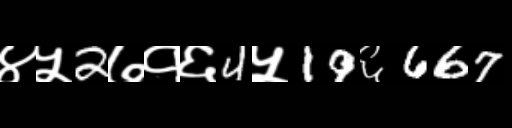
Text: ४५2७१६4५19६667